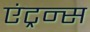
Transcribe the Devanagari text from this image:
एंट्रन्स